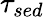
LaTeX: \tau_{\textit{sed}}